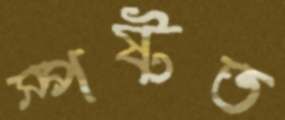
স্পষ্টত